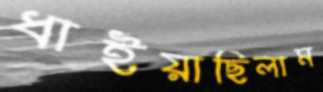
ধাইয়াছিলাম